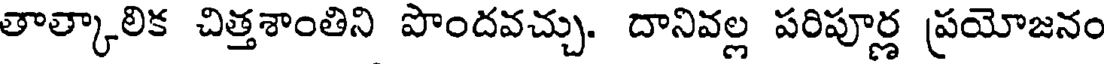
తాత్కాలిక చిత్తశాంతిని పొందవచ్చు. దానివల్ల పరిపూర్ణ ప్రయోజనం